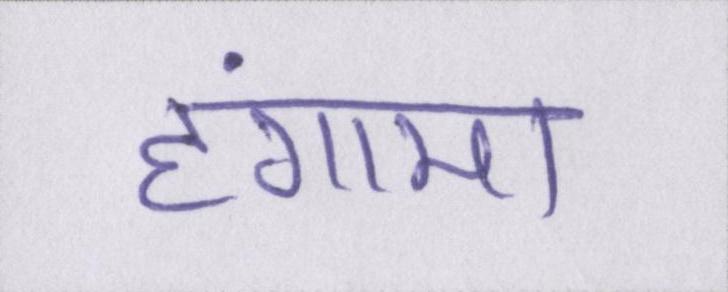
हंगामा